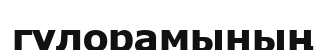
гүлорамының